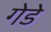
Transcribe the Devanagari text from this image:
गेडे